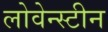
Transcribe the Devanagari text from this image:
लोवेन्स्टीन